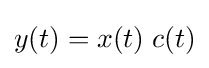
y(t)=x(t)\;c(t)